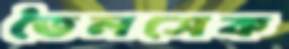
তৈলসেক